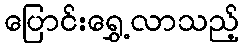
ပြောင်းရွှေ့လာသည့်